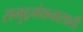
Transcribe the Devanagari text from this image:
समुद्रमंथनासाठी